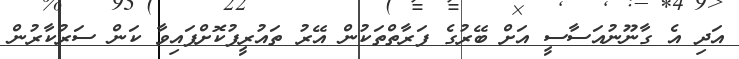
އަދި އެ ގާނޫނުއަސާސީ އަށް ބޭރުގެ ފަރާތްތަކުން އޭރު ތައުރީފުކޮށްފައިވާ ކަން ސަރުކާރުން